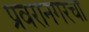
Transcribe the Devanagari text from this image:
प्रवरानगरचा